Annual administration report of the Civil Veterinary Department of India - 1896-1897
Year: 1896
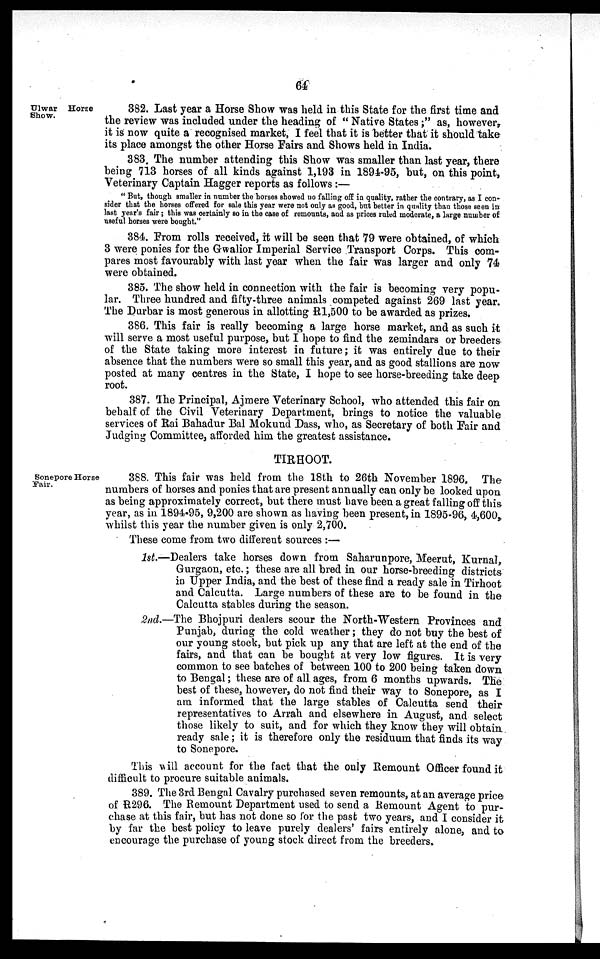
64
Ulwar Horse
Show.
382. Last year a Horse Show was held in this State for the first time and
the review was included under the heading of "Native States;" as, however,
it is now quite a recognised market, I feel that it is better that it should take
its place amongst the other Horse Fairs and Shows held in India.
383. The number attending this Show was smaller than last year, there
being 713 horses of all kinds against 1,193 in 1894-95, but, on this point,
Veterinary Captain Hagger reports as follows:—
"But, though smaller in number the horses showed no falling off in quality, rather the contrary, as I con-
sider that the horses offered for sale this year were not only as good, but better in quality than those seen in
last year's fair; this was certainly so in the case of remounts, and as prices ruled moderate, a large number of
useful horses were bought."
384. From rolls received, it will be seen that 79 were obtained, of which
3 were ponies for the Gwalior Imperial Service Transport Corps. This com-
pares most favourably with last year when the fair was larger and only 74
were obtained.
385. The show held in connection with the fair is becoming very popu-
lar. Three hundred and fifty-three animals competed against 269 last year.
The Durbar is most generous in allotting R1,500 to be awarded as prizes.
386. This fair is really becoming a large horse market, and as such it
will serve a most useful purpose, but I hope to find the zemindars or breeders
of the State taking more interest in future; it was entirely due to their
absence that the numbers were so small this year, and as good stallions are now
posted at many centres in the State, I hope to see horse-breeding take deep
root.
387. The Principal, Ajmere Veterinary School, who attended this fair on
behalf of the Civil Veterinary Department, brings to notice the valuable
services of Rai Bahadur Bal Mokund Dass, who, as Secretary of both Fair and
Judging Committee, afforded him the greatest assistance.
TIRHOOT.
Sonepore Horse
Fair.
388. This fair was held from the 18th to 26th November 1896. The
numbers of horses and ponies that are present annually can only be looked upon
as being approximately correct, but there must have been a great falling off this
year, as in 1894-95, 9,200 are shown as having been present, in 1895-96, 4,600,
whilst this year the number given is only 2,700.
These come from two different sources:—
1st.—Dealers take horses down from Saharunpore, Meerut, Kurnal,
Gurgaon, etc.; these are all bred in our horse-breeding districts
in Upper India, and the best of these find a ready sale in Tirhoot
and Calcutta. Large numbers of these are to be found in the
Calcutta stables during the season.
2nd.—The Bhojpuri dealers scour the North-Western Provinces and
Punjab, during the cold weather; they do not buy the best of
our young stock, but pick up any that are left at the end of the
fairs, and that can be bought at very low figures. It is very
common to see batches of between 100 to 200 being taken down
to Bengal; these are of all ages, from 6 months upwards. The
best of these, however, do not find their way to Sonepore, as I
am informed that the large stables of Calcutta send their
representatives to Arrah and elsewhere in August, and select
those likely to suit, and for which they know they will obtain
ready sale; it is therefore only the residuum that finds its way
to Sonepore.
This will account for the fact that the only Remount Officer found it
difficult to procure suitable animals.
389. The 3rd Bengal Cavalry purchased seven remounts, at an average price
of R296. The Remount Department used to send a Remount Agent to pur-
chase at this fair, but has not done so for the past two years, and I consider it
by far the best policy to leave purely dealers' fairs entirely alone, and to
encourage the purchase of young stock direct from the breeders.